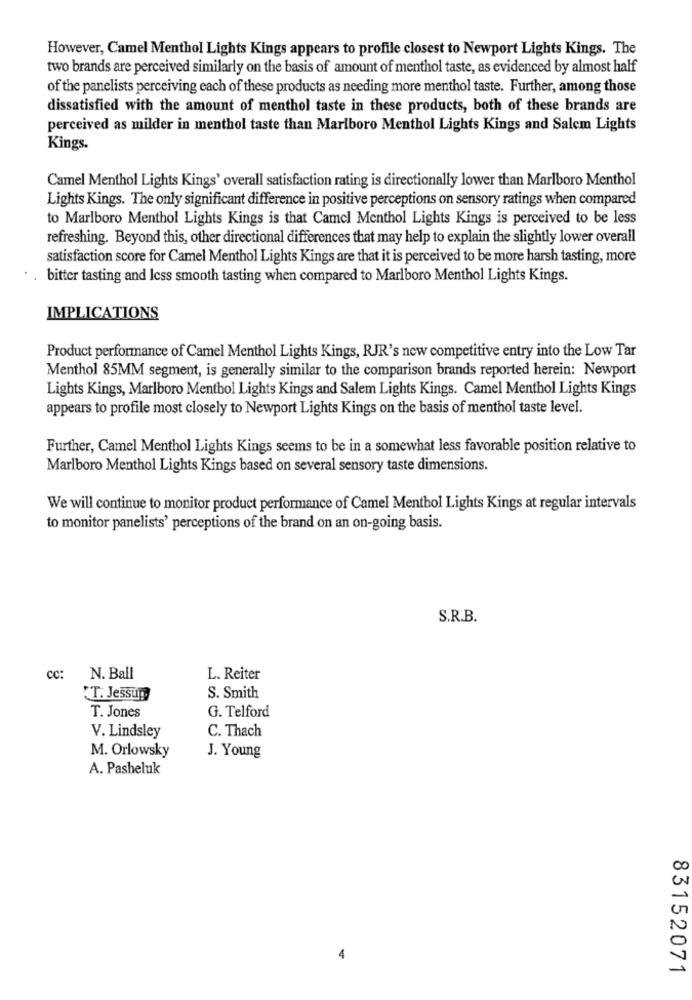
However, Camel Menthol Lights Kings appears to profile closest to Newport Lights Kings. The
two brands are perceived similarly on the basis of amount of menthol taste, as evidenced by almost half
of the panelists perceiving each of these products as needing more menthol taste. Further, among those
dissatisfied with the amount of menthol taste in these products, both of these brands are
perceived as milder in menthol taste than Marlboro Menthol Lights Kings and Salem Lights
Kings.
Camel Menthol Lights Kings' overall satisfaction rating is directionally lower than Marlboro Menthol
Lights Kings. The only significant difference in positive perceptions on sensory ratings when compared
to Marlboro Menthol Lights Kings is that Camel Menthol Lights Kings is perceived to be less
refreshing. Beyond this, other directional differences that may help to explain the slightly lower overall
satisfaction score for Camel Menthol Lights Kings are that it is perceived to be more harsh tasting, more
bitter tasting and Icss smooth tasting when compared to Marlboro Menthol Lights Kings.
IMPLICATIONS
Product performance of Camel Menthol Lights Kings, RJR's new competitive entry into the Low Tar
Menthol 85MM segment, is generally similar to the comparison brands reported herein: Newport
Lights Kings, Marlboro Menthol Lights Kings and Salem Lights Kings. Camel Menthol Lights Kings
appears to profile most closely to Newport Lights Kings on the basis of menthol taste level.
Further, Camel Menthol Lights Kings seems to be in a somewhat less favorable position relative to
Marlboro Menthol Lights Kings based on several sensory taste dimensions.
We will continue to monitor product performance of Camel Menthol Lights Kings at regular intervals
to monitor panelists' perceptions of the brand on an on-going basis.
S.R.B.
cc:
N. Ball
L. Reiter
"T. Jessup)
S. Smith
T. Jones
G. Telford
C. Thach
V. Lindsley
M. Orlowsky
J. Young
A. Pasheluk
83152071